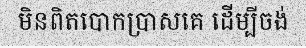
មិនពិតបោកប្រាសគេ ដើម្បីចង់